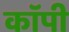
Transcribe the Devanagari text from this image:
काॅपी